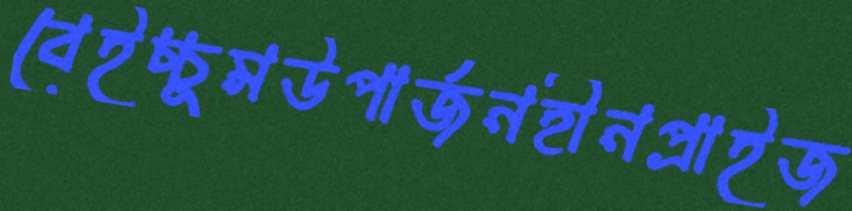
বেইচ্চুমউপার্জনহীনপ্রাইজ